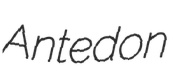
Antedon